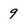
Character: 9